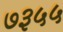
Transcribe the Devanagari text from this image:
७३५५